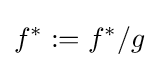
f^{*}:=f^{*}/g